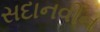
સદાનવીન